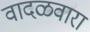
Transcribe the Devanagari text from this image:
वादळवारा